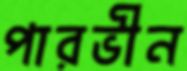
পারভীন